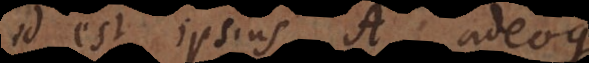
id est ipsius A; adeoque